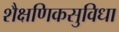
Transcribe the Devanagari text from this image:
शैक्षणिकसुविधा